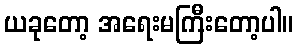
ယခုတော့ အရေးမကြီးတော့ပါ။